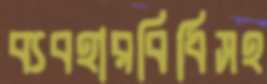
ব্যবহারবিধিসহ